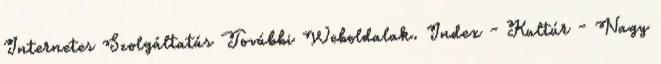
Internetes Szolgáltatás További Weboldalak. Index - Kultúr - Nagy